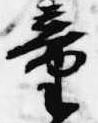
童